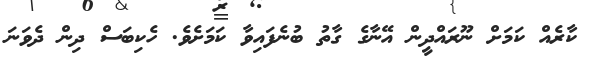
ކާރެއް ކަމަށް ނޫރައްދީން އޭނާގެ ގާތު ބުނެފައިވާ ކަމަށެވެ. ހެކިބަސް ދިން ދެވަަނަ